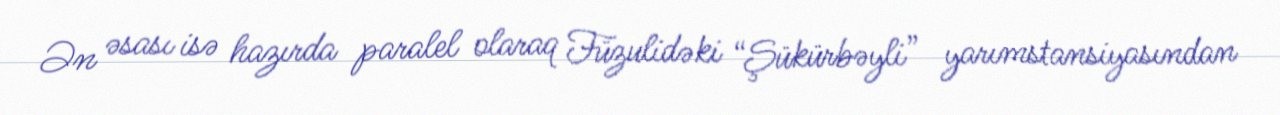
Ən əsası isə hazırda paralel olaraq Füzulidəki “Şükürbəyli” yarımstansiyasından